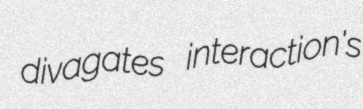
divagates interaction's